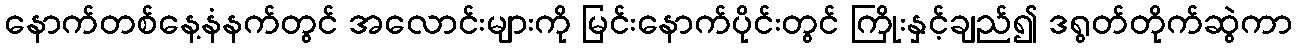
နောက်တစ်နေ့နံနက်တွင် အလောင်းများကို မြင်းနောက်ပိုင်းတွင် ကြိုးနှင့်ချည်၍ ဒရွတ်တိုက်ဆွဲကာ